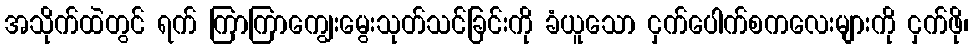
အသိုက်ထဲတွင် ရက် ကြာကြာကျွေးမွေးသုတ်သင်ခြင်းကို ခံယူသော ငှက်ပေါက်စကလေးများကို ငှက်ဖို၊